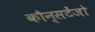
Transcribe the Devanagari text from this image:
कौन्सटेंजो